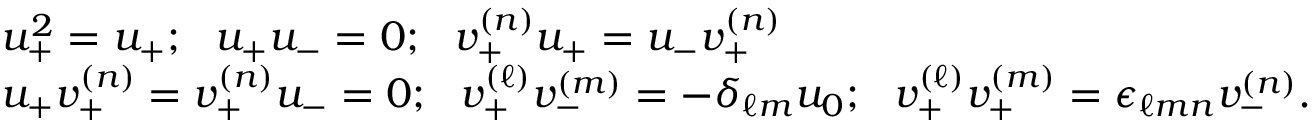
\begin{array} { l } { { u _ { + } ^ { 2 } = u _ { + } ; \ \ u _ { + } u _ { - } = 0 ; \ \ v _ { + } ^ { ( n ) } u _ { + } = u _ { - } v _ { + } ^ { ( n ) } } } \\ { { u _ { + } v _ { + } ^ { ( n ) } = v _ { + } ^ { ( n ) } u _ { - } = 0 ; \ \ v _ { + } ^ { ( \ell ) } v _ { - } ^ { ( m ) } = - \delta _ { \ell m } u _ { 0 } ; \ \ v _ { + } ^ { ( \ell ) } v _ { + } ^ { ( m ) } = \epsilon _ { \ell m n } v _ { - } ^ { ( n ) } . } } \end{array}